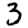
Digit: 3